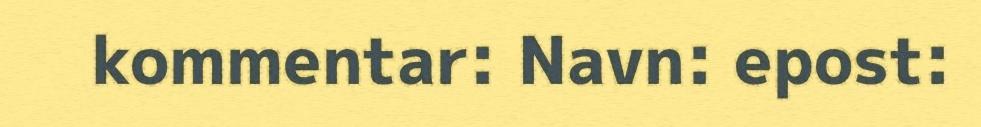
kommentar: Navn: epost: